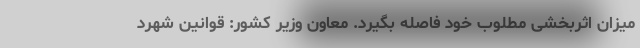
میزان اثربخشی مطلوب خود فاصله بگیرد. معاون وزیر کشور: قوانین شهرد